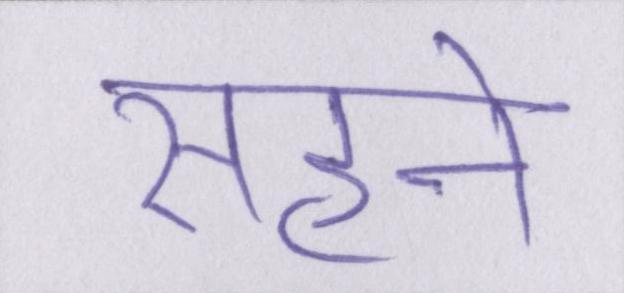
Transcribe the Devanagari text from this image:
सहने